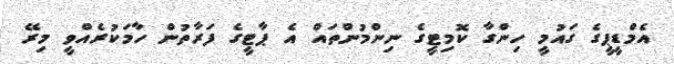
އެމްޑީޕީގެ ގައުމީ ހިންގާ ކޮމިޓީގެ ނިންމުންތައް އެ ޕާޓީގެ ފަރާތުން ހާމަކުރެއްވީ މިރޭ